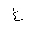
Letter: _gayn